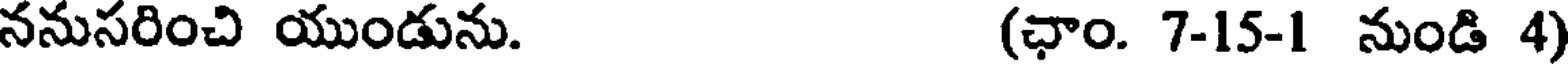
ననుసరించి యుండును. (ఛాం. 7-15-1 నుండి 4)